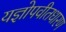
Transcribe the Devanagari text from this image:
यज्ञोपवीतधारण